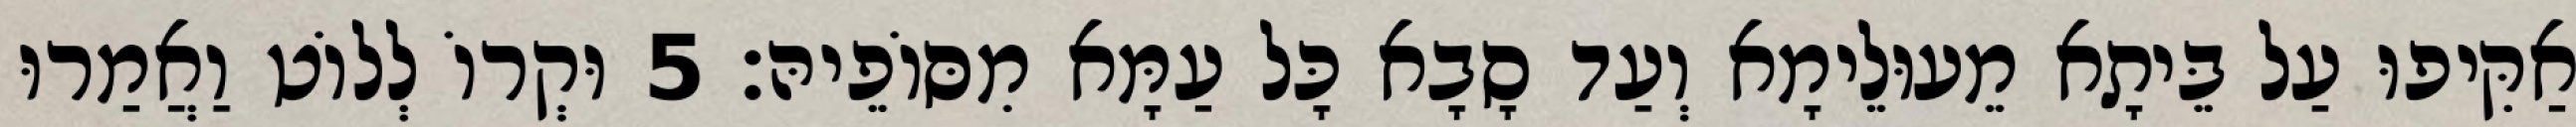
אַקִּיפוּ עַל בֵּיתָא מֵעוּלֵימָא וְעַד סָבָא כָּל עַמָּא מִסּוֹפֵיהּ׃ 5 וּקְרוֹ לְלוֹט וַאֲמַרוּ